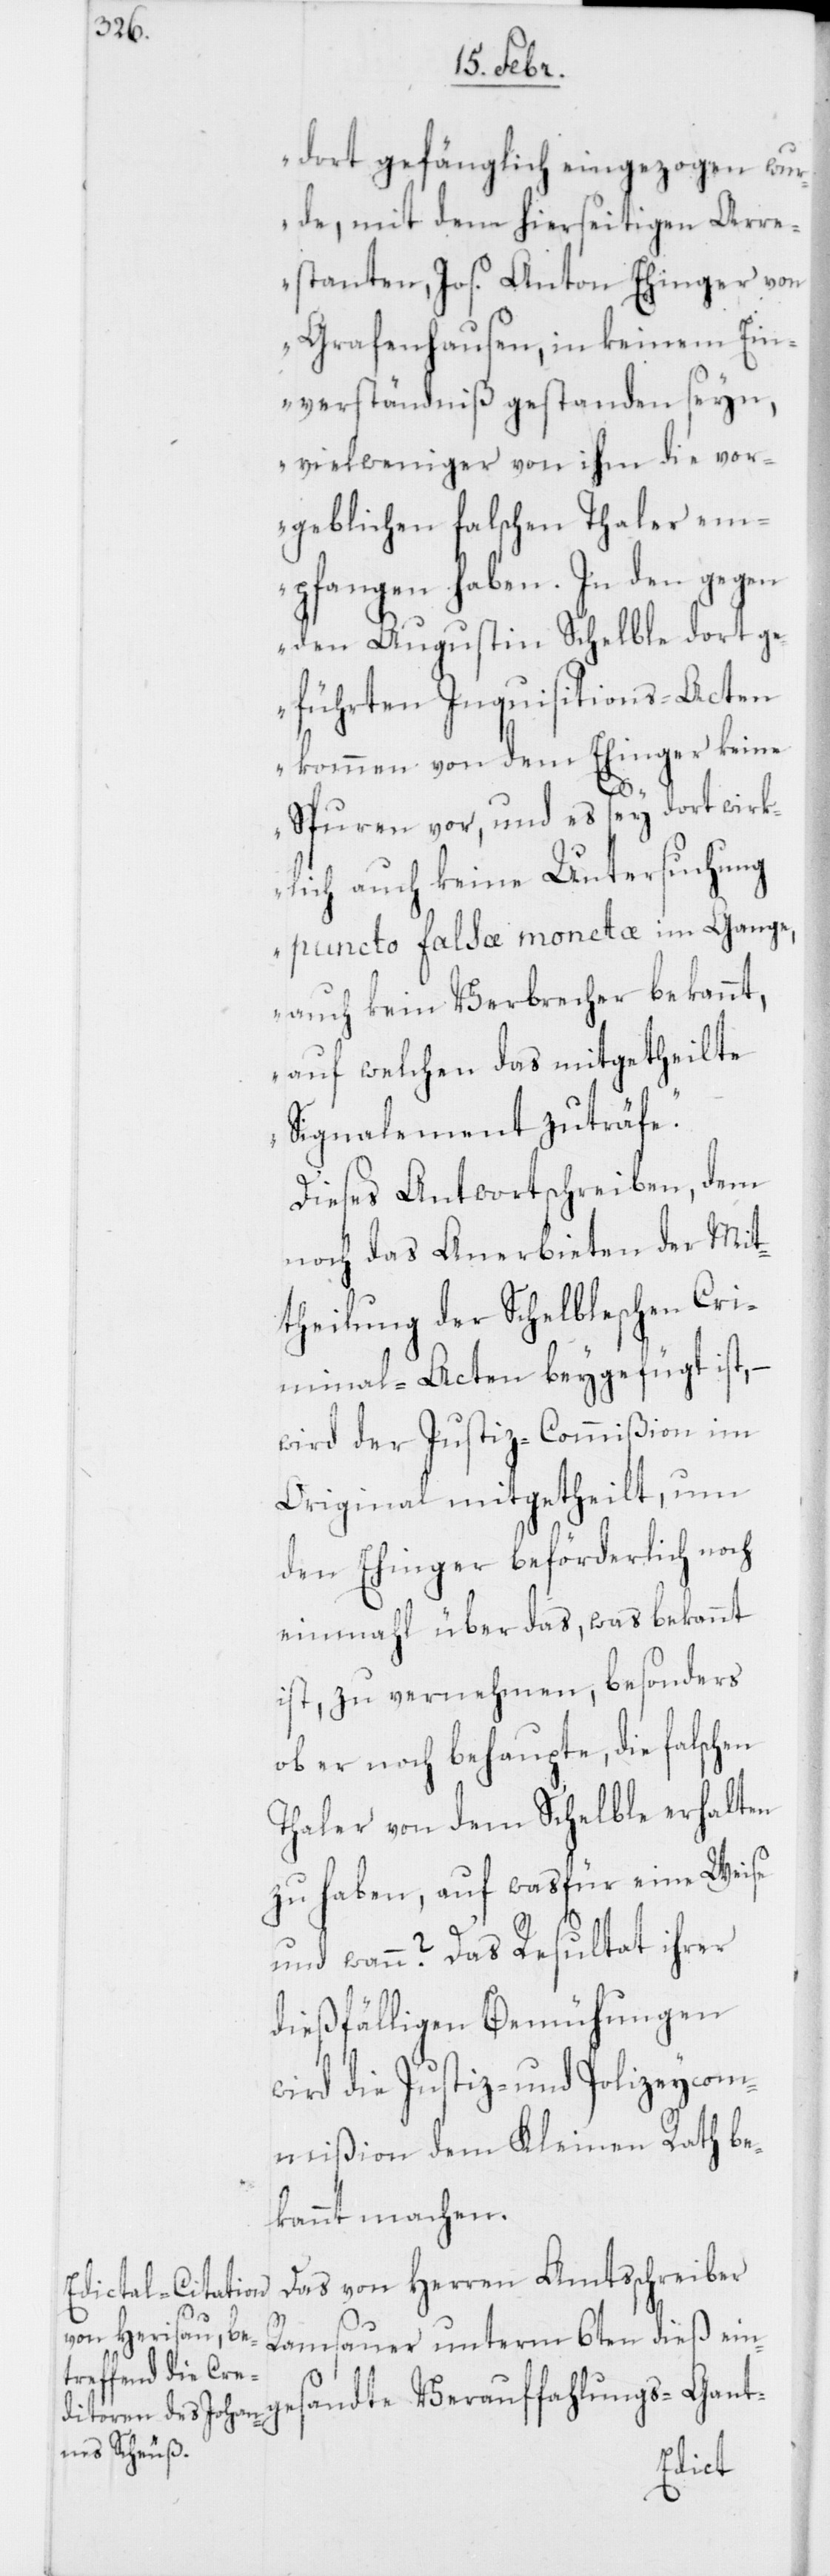
dort gefänglich eingezogen wur¬
de, mit dem hierseitigen Arre¬
stanten Jos. Anton Ehinger von
Grafenhausen, in keinem Ein¬
verständniß gestanden seyn,
viel weniger von ihm die vor¬
geblichen falschen Thaler em¬
pfangen haben. In den gegen
den Augustin Schelble dort ge¬
führten Inquisitions-Acten
kommen von dem Ehinger keine
Spuren vor, und es sey dort wirk¬
lich auch keine Untersuchung
puncto falsæ monetæ im Gange,
auch kein Verbrecher bekannt,
auf welchen das mitgetheilte
Signalement zuträfe.“
Dieses Antwortschreiben, dem
noch das Anerbieten der Mit¬
theilung der Schelbleschen Cri¬
minal-Acten beygefügt ist,
wird der Justiz-Commißion im
Original mitgetheilt, um
den Ehinger beförderlich noch
einmahl über das, was bekannt
ist, zu vernehmen, besonders
ob er noch behaupte, die falschen
Thaler von dem Schelble erhalten
zu haben, auf wasfür eine Weise
und wann? Das Resultat ihrer
dießfälligen Bemühungen
wird die Justiz- und Polizeycom¬
mißion dem Kleinen Rath be¬
kannt machen.
Das von Herren Amtsschreiber
Ramsauer unterm 6ten dieß ein¬
gesandte